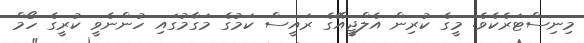
މިނިސްޓަރެކެވެ. މީގެ ކުރިން އެލްޖީއޭގެ ރައީސް ކަމުގެ މަގާމުގައި ހުންނެވީ ކުރީގެ ހޯމް